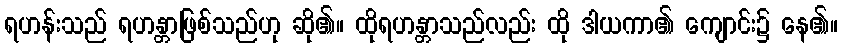
ရဟန်းသည် ရဟန္တာဖြစ်သည်ဟု ဆို၏။ ထိုရဟန္တာသည်လည်း ထို ဒါယကာ၏ ကျောင်း၌ နေ၏။